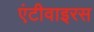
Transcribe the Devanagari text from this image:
एंटीवाइरस